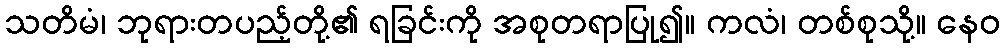
သတိမံ၊ ဘုရားတပည့်တို့၏ ရခြင်းကို အစုတရာပြု၍။ ကလံ၊ တစ်စုသို့။ နေဝ